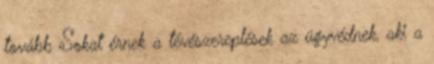
tovább Sokat érnek a tévészereplések az ügyvédnek, aki a